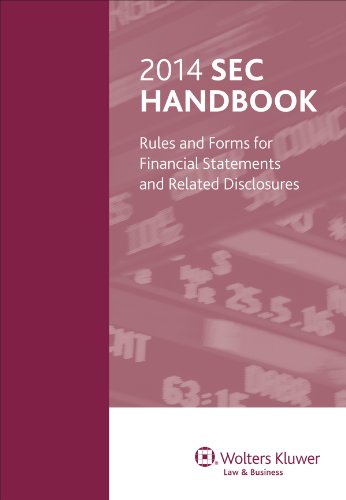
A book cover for SEC Handbook: Rules and Forms for Financial Statements and Related Disclosures; Wolters Kluwer Law & Business Attorney-Editors; Law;